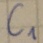
Text: C1